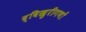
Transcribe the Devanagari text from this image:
द्विखुरीगणों